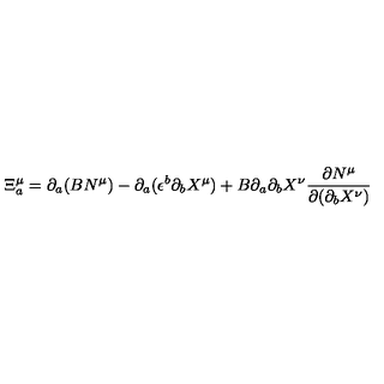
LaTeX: \Xi _ { a } ^ { \mu } = \partial _ { a } ( B N ^ { \mu } ) - \partial _ { a } ( \epsilon ^ { b } \partial _ { b } X ^ { \mu } ) + B \partial _ { a } \partial _ { b } X ^ { \nu } \frac { \partial N ^ { \mu } } { \partial ( \partial _ { b } X ^ { \nu } ) }